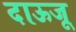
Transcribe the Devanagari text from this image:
दाऊजू